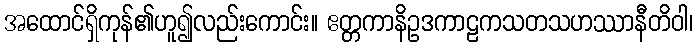
အထောင်ရှိကုန်၏ဟူ၍လည်းကောင်း။ ဧတ္တကာနိဥဒကာဠကသတသဟဿာနီတိဝါ၊